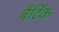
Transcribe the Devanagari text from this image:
बैटिंक